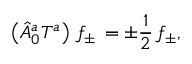
\left( { \hat { A } } _ { 0 } ^ { a } T ^ { a } \right) \, f _ { \pm } \, = \pm \frac { 1 } { 2 } \, f _ { \pm } ,